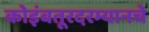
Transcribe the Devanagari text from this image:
कोइंबतूरदरम्यानचे